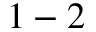
1 - 2